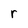
Character: r